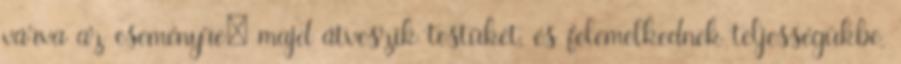
várva az eseményre; majd átveszik testüket, és felemelkednek teljességükbe,